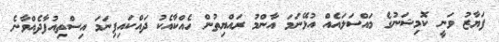
ފަޔާޒު ވަނީ ކޮމިޝަނުގެ މައްސަލައެއް އުޅޭނަމަ އާންމު ރައްޔިތުން ހެއްކާއެކު ދައްކައިފިނަމަ އިސްތިއުފާދެއްވާނެ